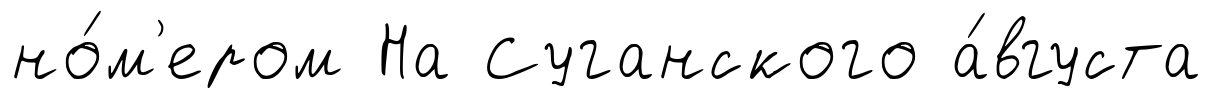
но́м'ером На Суганского а́вгуста